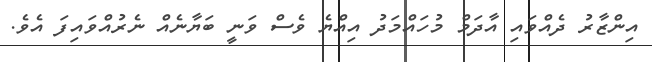
އިންޒާރު ދެއްވައި އާދަމް މުހައްމަދު އިއްޔެ ވެސް ވަނީ ބަޔާނެއް ނެރުއްވައިފަ އެވެ.